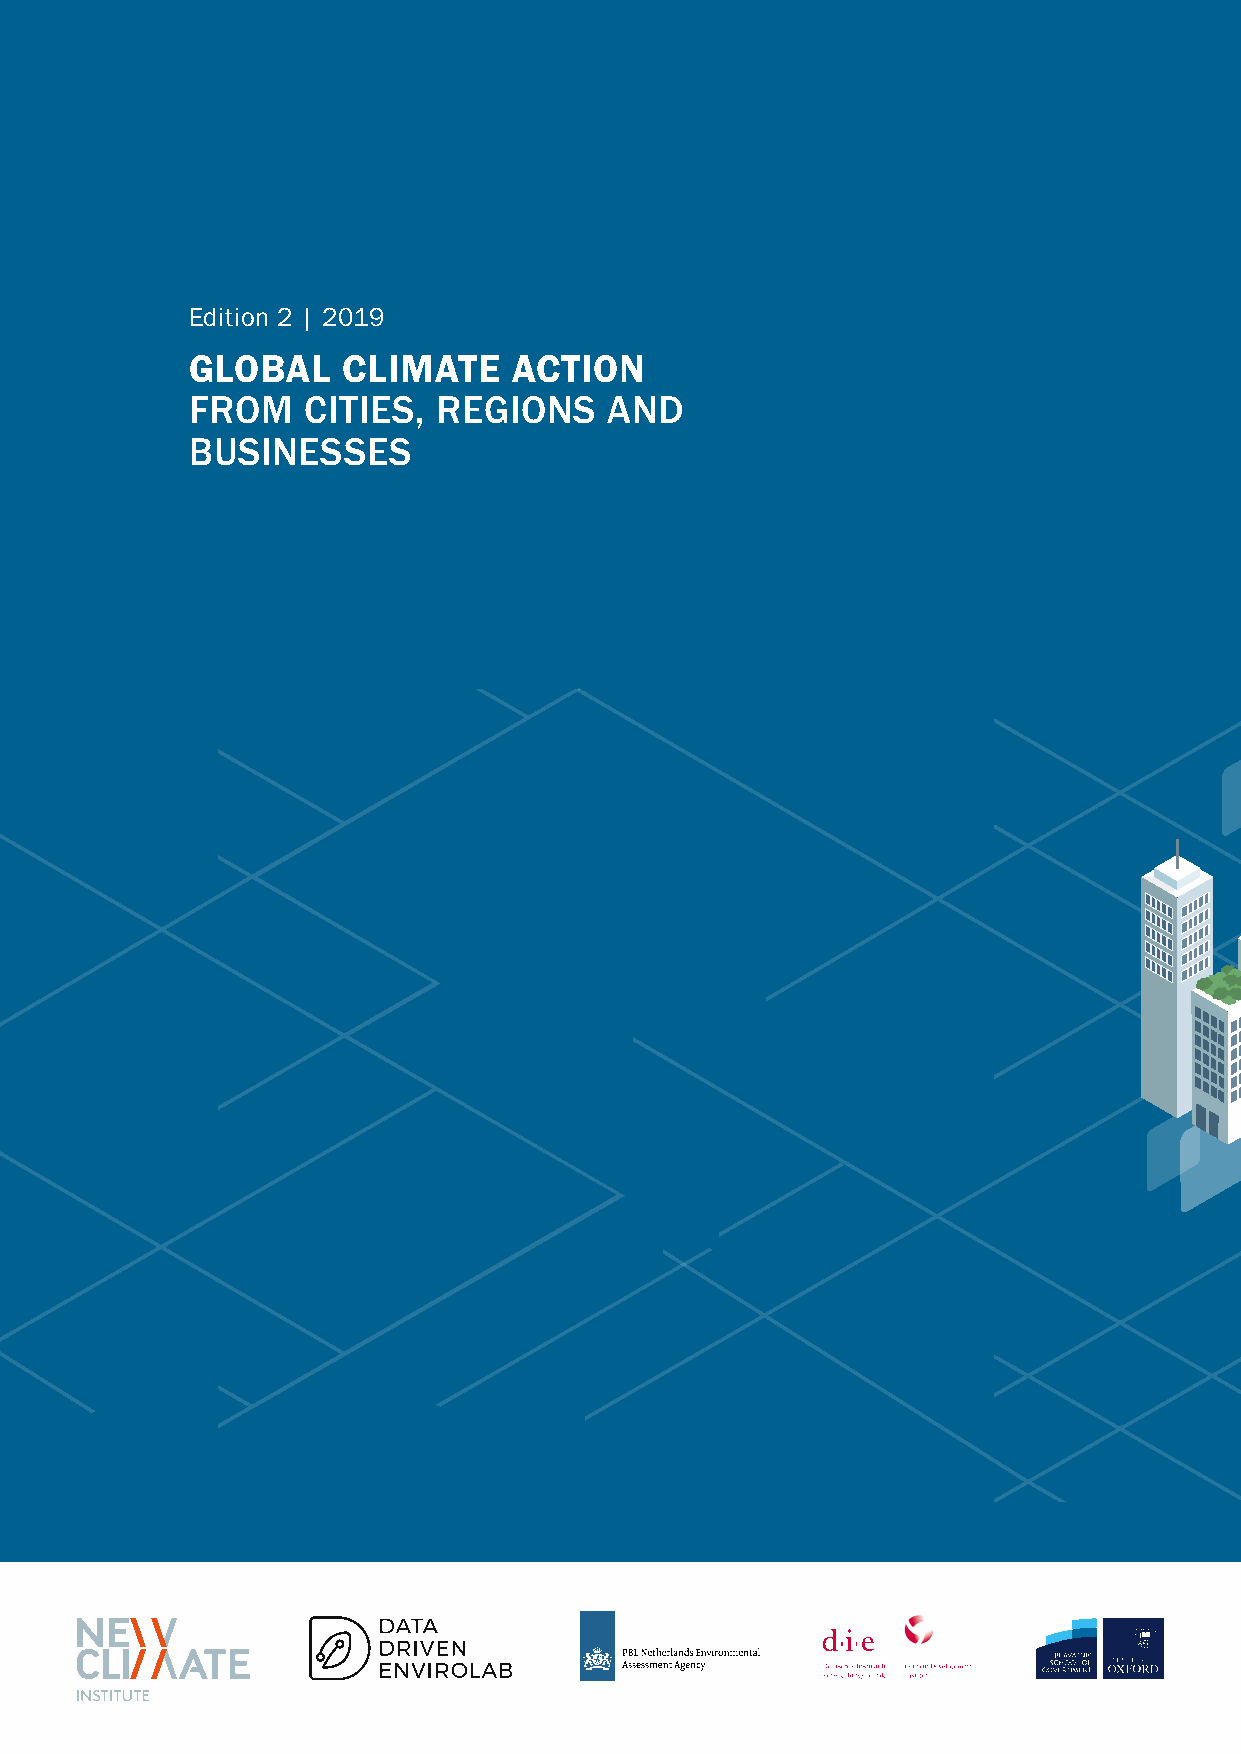
Edition 2 | 2019
 GLOBAL    CLIMATE    ACTION
 FROM   CITIES,  REGIONS    AND
 BUSINESSES